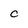
Character: c